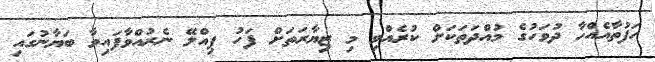
ހަފުތާއެއްހާ ދުވަހުގެ މުއްދަތަކަށް ކުރެއްވި މި ޒިޔާރަތަށް ފަހު ޕިއްލޭ ނެރުއްވާފައިވާ ބަޔާނުގައި